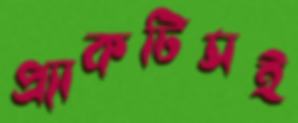
প্র্যাকটিসই